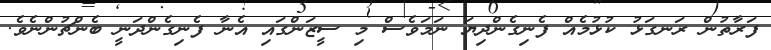
ފަރާތުން ރަނގަޅު ކުޅުމެއް ފެނިގެންދިޔަ ނަމަވެސް މި ސީޒަންގައި އެނާ ފެނިގެންދަނީ ބެންޗުންނެވެ.